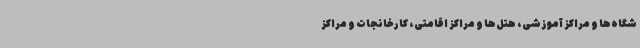
شگاه‌ها و مراکز آموزشی، هتل‌ها و مراکز اقامتی، کارخانجات و مراکز